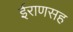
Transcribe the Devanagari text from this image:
ईराणसह